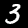
Label: 3